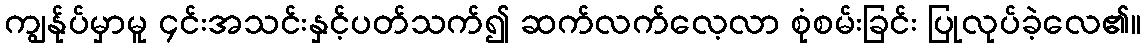
ကျွန်ုပ်မှာမူ ၄င်းအသင်းနှင့်ပတ်သက်၍ ဆက်လက်လေ့လာ စုံစမ်းခြင်း ပြုလုပ်ခဲ့လေ၏။